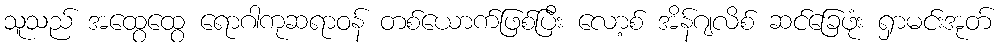
သူသည် အထွေထွေ ရောဂါကုဆရာဝန် တစ်ယောက်ဖြစ်ပြီး လော့စ် အိန်ဂျလိစ် ဆင်ခြေဖုံး ရှာမင်းအုတ်